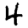
Digit: 4